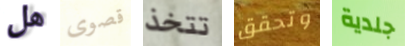
هل قصوى تتخذ وتحقق جلدية